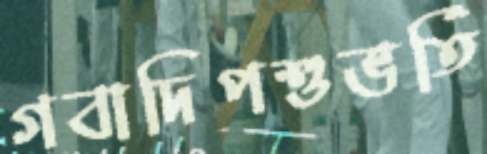
গবাদিপশুভর্তি